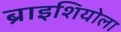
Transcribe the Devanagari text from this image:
ब्राइशियोला